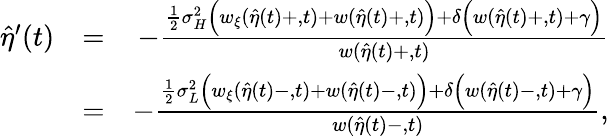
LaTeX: \begin{array}{rlr}{\hat{\eta}^{\prime}(t)}&{=}&{-\frac{\frac 12{\sigma}_{H}^{2}\Big(w_{\xi}(\hat{\eta}(t)+,t)+w(\hat{\eta}(t)+,t)\Big)+\delta\Big(w(\hat{\eta}(t)+,t)+\gamma\Big)}{w(\hat{\eta}(t)+,t)}}\\ &{=}&{-\frac{\frac 12{\sigma}_{L}^{2}\Big(w_{\xi}(\hat{\eta}(t)-,t)+w(\hat{\eta}(t)-,t)\Big)+\delta\Big(w(\hat{\eta}(t)-,t)+\gamma\Big)}{w(\hat{\eta}(t)-,t)},}\end{array}